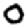
Digit: 0